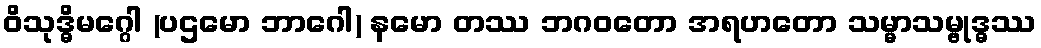
ဝိသုဒ္ဓိမဂ္ဂေါ (ပဌမော ဘာဂေါ) နမော တဿ ဘဂဝတော အရဟတော သမ္မာသမ္ဗုဒ္ဓဿ